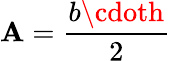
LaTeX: \mathbf{A}={\frac{{b\cdoth}}{{2}}}